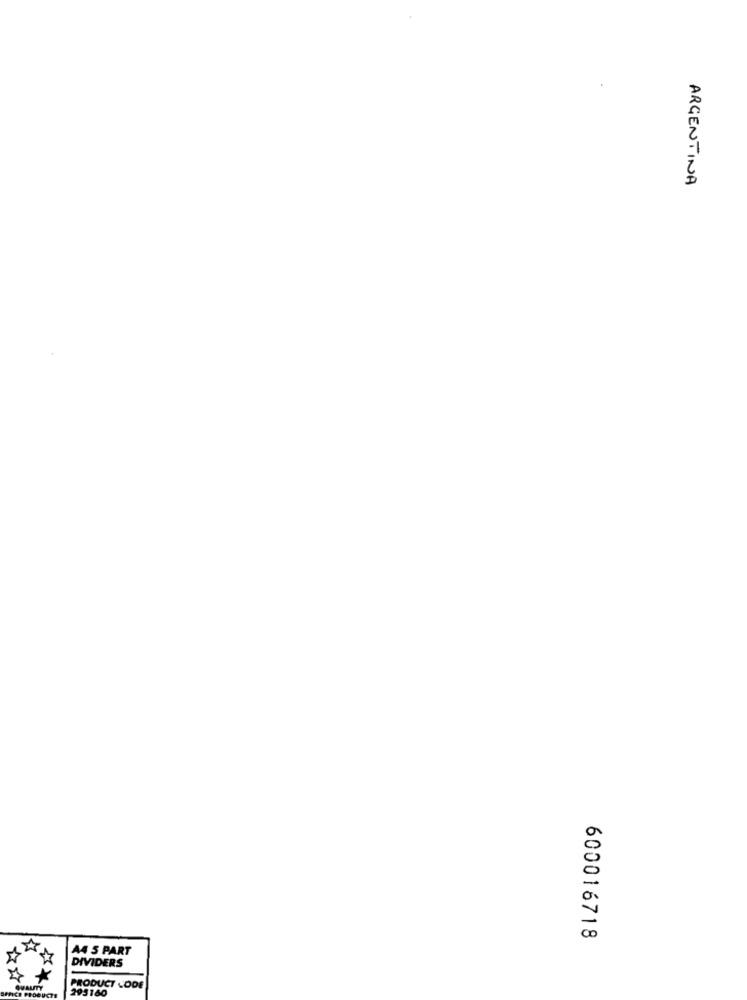
ARGENTINA
600016718
A4 5 PART
DIVIDERS
PRODUCT CODE
295160